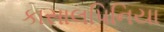
કાસાલપિનિયા